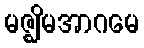
မဇ္ဈိမအာဂမေ